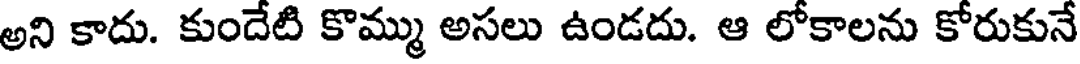
అని కాదు. కుందేటి కొమ్ము అసలు ఉండదు. ఆ లోకాలను కోరుకునే